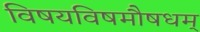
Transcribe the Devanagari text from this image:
विषयविषमौषधम्